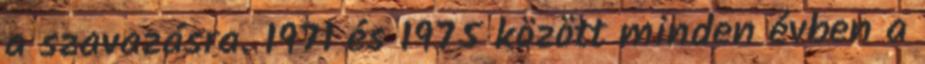
a szavazásra. 1971 és 1975 között minden évben a